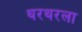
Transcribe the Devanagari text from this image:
थरथरला